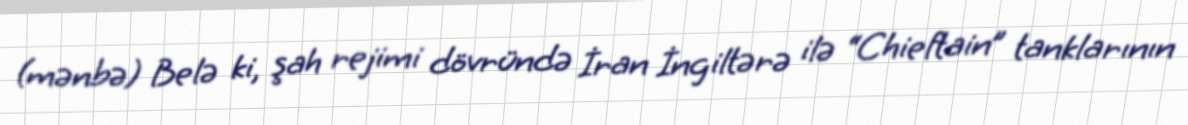
(mənbə) Belə ki, şah rejimi dövründə İran İngiltərə ilə “Chieftain” tanklarının